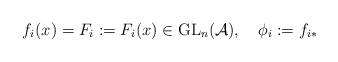
LaTeX: \begin{align*} f_i(x)=F_i:=F_i(x)\in \textup{GL}_n(\mathcal A),\ \ \ \phi_i:=f_{i*}\end{align*}